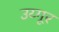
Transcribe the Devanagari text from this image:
उय्गूर